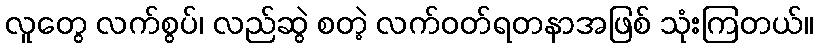
လူတွေ လက်စွပ်၊ လည်ဆွဲ စတဲ့ လက်ဝတ်ရတနာအဖြစ် သုံးကြတယ်။